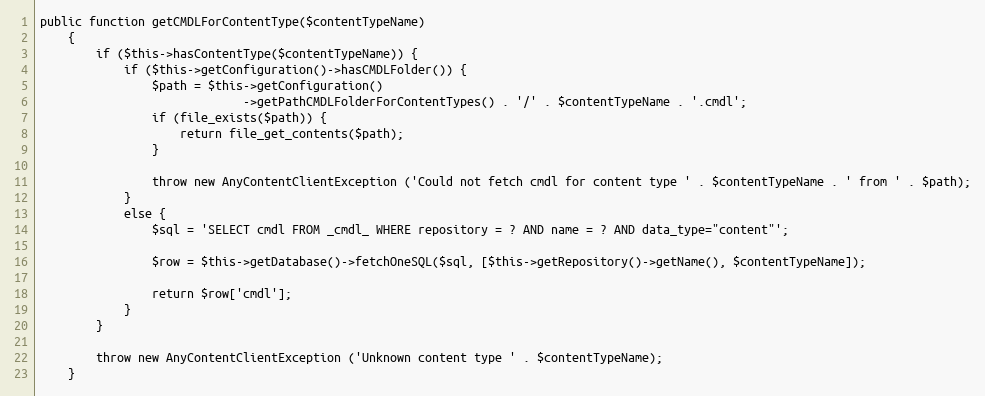
Language: PHP
public function getCMDLForContentType($contentTypeName)
    {
        if ($this->hasContentType($contentTypeName)) {
            if ($this->getConfiguration()->hasCMDLFolder()) {
                $path = $this->getConfiguration()
                             ->getPathCMDLFolderForContentTypes() . '/' . $contentTypeName . '.cmdl';
                if (file_exists($path)) {
                    return file_get_contents($path);
                }

                throw new AnyContentClientException ('Could not fetch cmdl for content type ' . $contentTypeName . ' from ' . $path);
            }
            else {
                $sql = 'SELECT cmdl FROM _cmdl_ WHERE repository = ? AND name = ? AND data_type="content"';

                $row = $this->getDatabase()->fetchOneSQL($sql, [$this->getRepository()->getName(), $contentTypeName]);

                return $row['cmdl'];
            }
        }

        throw new AnyContentClientException ('Unknown content type ' . $contentTypeName);
    }